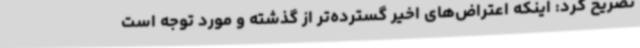
تصریح کرد: اینکه اعتراض‌های اخیر گسترده‌تر از گذشته و مورد توجه است